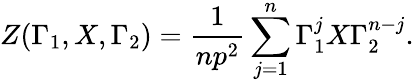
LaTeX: Z(\Gamma_{1},X,\Gamma_{2})=\frac{1}{np^{2}}\sum_{j=1}^{n}\Gamma_{1}^{j}X\Gamma_{2}^{n-j}.